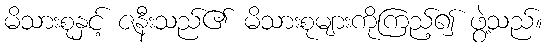
မိသားစုနှင့် ဇနီးသည်၏ မိသားစုများကိုကြည့်၍ ဖွဲ့သည်။